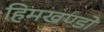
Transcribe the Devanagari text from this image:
हिमखण्डों